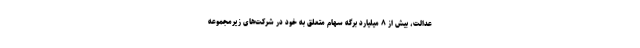
عدالت، بیش از ۸ میلیارد برگه سهام متعلق به خود در شرکت‌های زیرمجموعه